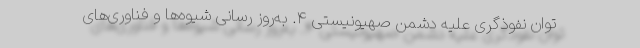
توان نفوذگری علیه دشمن صهیونیستی ۴. به‌روز رسانی شیوه‌ها و فناوری‌های